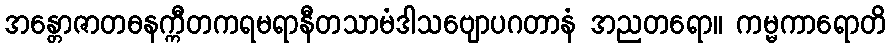
အန္တောဇာတဓနက္ကီတကရမရာနီတသာမံဒါသဗျောပဂတာနံ အညတရော။ ကမ္မကာရောတိ